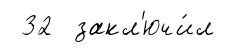
32 закл'ючи́л